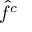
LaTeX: { \hat { f } } ^ { c }